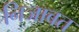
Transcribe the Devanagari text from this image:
निजाबत